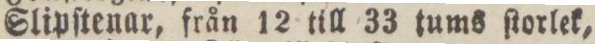
Slipſtenar, från 12 till 33 tums ſtorlek,